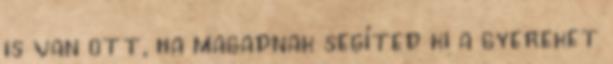
is van ott, ha magadnak segíted ki a gyereket